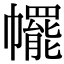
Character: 𢅩